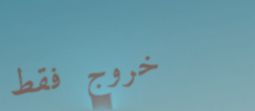
خروج فقط